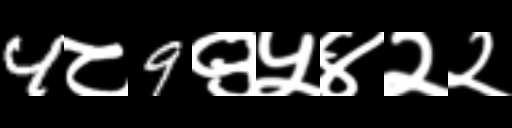
Text: 4८9९५४२२